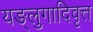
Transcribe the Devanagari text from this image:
यङ्लुगादिवृत्त